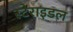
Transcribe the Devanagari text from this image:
स्टेराइडल